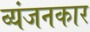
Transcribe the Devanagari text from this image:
व्यंजनकार